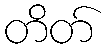
တိတ်